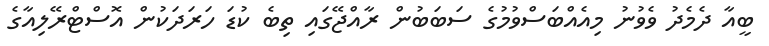
ބީއާ ދެމެދު ވެވުނު މިއެއްބަސްވުމުގެ ސަބަބުން ރާއްޖޭގައި ތިބެ ކުޑަ ހަރަދަކުން އޮސްޓްރޭލިއާގެ